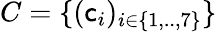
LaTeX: C=\{ (\mathsf{c}_{i})_{i\in\{ 1,..,7\} }\}